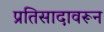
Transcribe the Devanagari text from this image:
प्रतिसादावरून